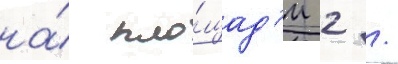
на́ пло́щад'и 2 /